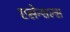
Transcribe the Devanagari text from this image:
एसेन्शल्स